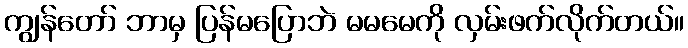
ကျွန်တော် ဘာမှ ပြန်မပြောဘဲ မမမေကို လှမ်းဖက်လိုက်တယ်။